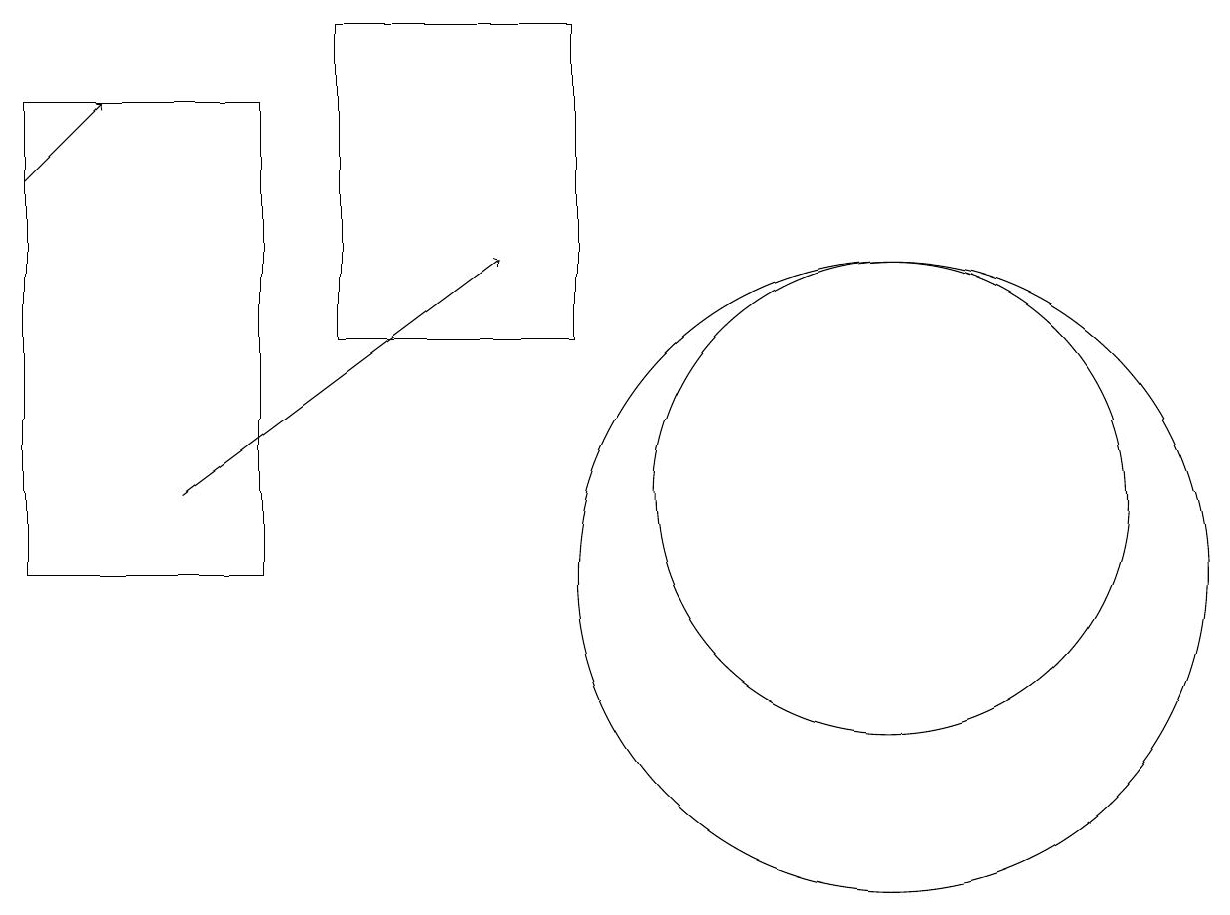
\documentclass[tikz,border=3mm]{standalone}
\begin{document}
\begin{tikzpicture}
\draw (11,12) circle (3);
\draw (11,11) circle (4);
\draw[->] (0,16) -- (1,17);
\draw (4,14) rectangle (7,18);
\draw (0,17) rectangle (3,11);
\draw[->] (2,12) -- (6,15);
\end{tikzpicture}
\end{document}